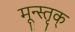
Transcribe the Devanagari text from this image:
मून्स्तृक्